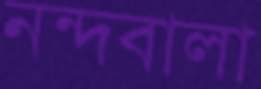
নন্দবালা